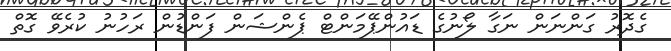
ގެދޮރު ގަންނަން ނަގާ ލޯނުގެ ޑައުންޕޭމަންޓް ޕެންޝަން ފަންޑުން ރަހުނު ކުރެވޭ ގޮތް